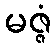
မဇ္ဇံ